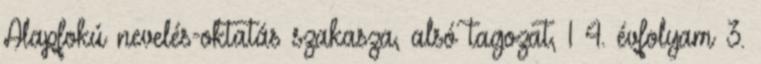
Alapfokú nevelés-oktatás szakasza, alsó tagozat, 1 4. évfolyam 3.